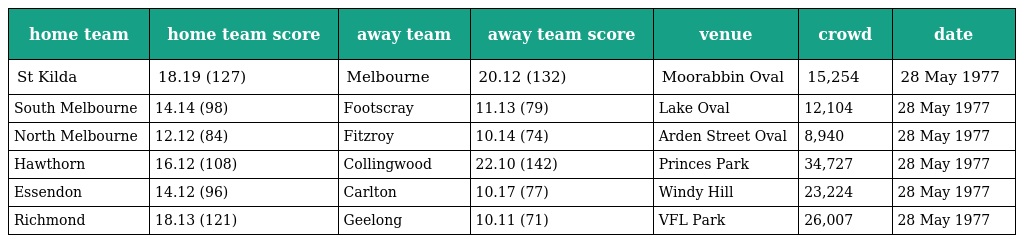
| home team | home team score | away team | away team score | venue | crowd | date |
 | --- | --- | --- | --- | --- | --- | --- |
 | St Kilda | 18.19 (127) | Melbourne | 20.12 (132) | Moorabbin Oval | 15,254 | 28 May 1977 |
 | South Melbourne | 14.14 (98) | Footscray | 11.13 (79) | Lake Oval | 12,104 | 28 May 1977 |
 | North Melbourne | 12.12 (84) | Fitzroy | 10.14 (74) | Arden Street Oval | 8,940 | 28 May 1977 |
 | Hawthorn | 16.12 (108) | Collingwood | 22.10 (142) | Princes Park | 34,727 | 28 May 1977 |
 | Essendon | 14.12 (96) | Carlton | 10.17 (77) | Windy Hill | 23,224 | 28 May 1977 |
 | Richmond | 18.13 (121) | Geelong | 10.11 (71) | VFL Park | 26,007 | 28 May 1977 |